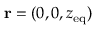
\mathbf { r } = ( 0 , 0 , z _ { \mathrm { e q } } )